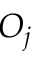
O _ { j }